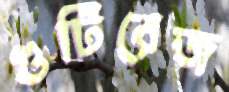
গুটিরেজ